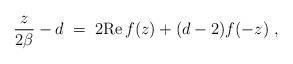
LaTeX: \begin{align*}{z\over 2\beta}-d\;=\; 2{\rm Re} \,f(z)+(d-2)f(-z)\; ,\end{align*}